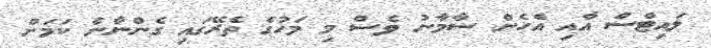
ލައިޓްސް އާއި އެހެން ސާމާނު ވެސް މި މަހުގެ ތެރޭގައި ގެންނާނެ ކަމަށް